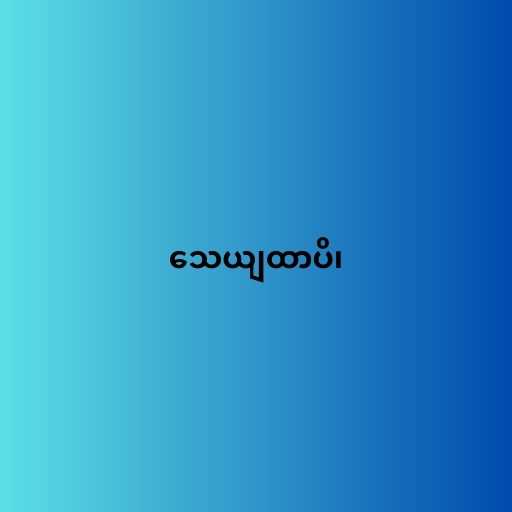
သေယျထာပိ၊